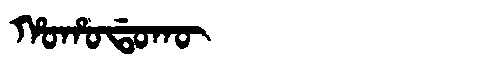
Manchu: ᡥᠣᡥᠣᡩᠣᡴᡡ
Romanization: HOHODOKŪ